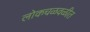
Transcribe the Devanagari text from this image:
लोकचळवळीत